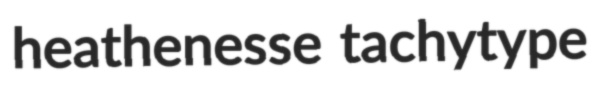
heathenesse tachytype